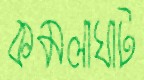
কমলাঘাট